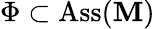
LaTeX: \Phi\subset\operatorname{Ass}(\mathbf{M})